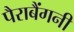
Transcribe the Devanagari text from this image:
पैराबैंगनी